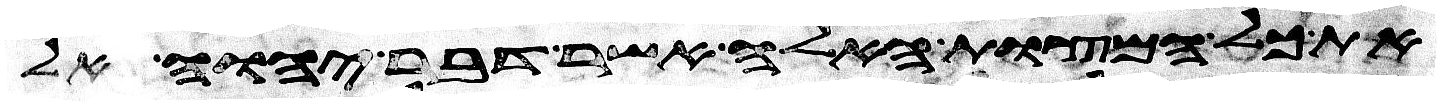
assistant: את כל המצות האלה אשר דבר יהוה אל